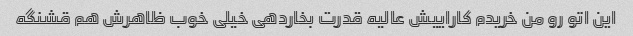
این اتو رو من خریدم کاراییش عالیه قدرت بخاردهی خیلی خوب ظاهرش هم قشنگه